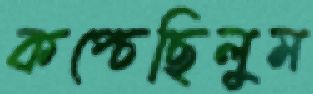
কপ্‌চেছিলুম